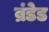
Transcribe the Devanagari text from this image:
ब्रंडेड